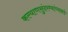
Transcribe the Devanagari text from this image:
कल्याणसुंदरम्यांच्याकडे